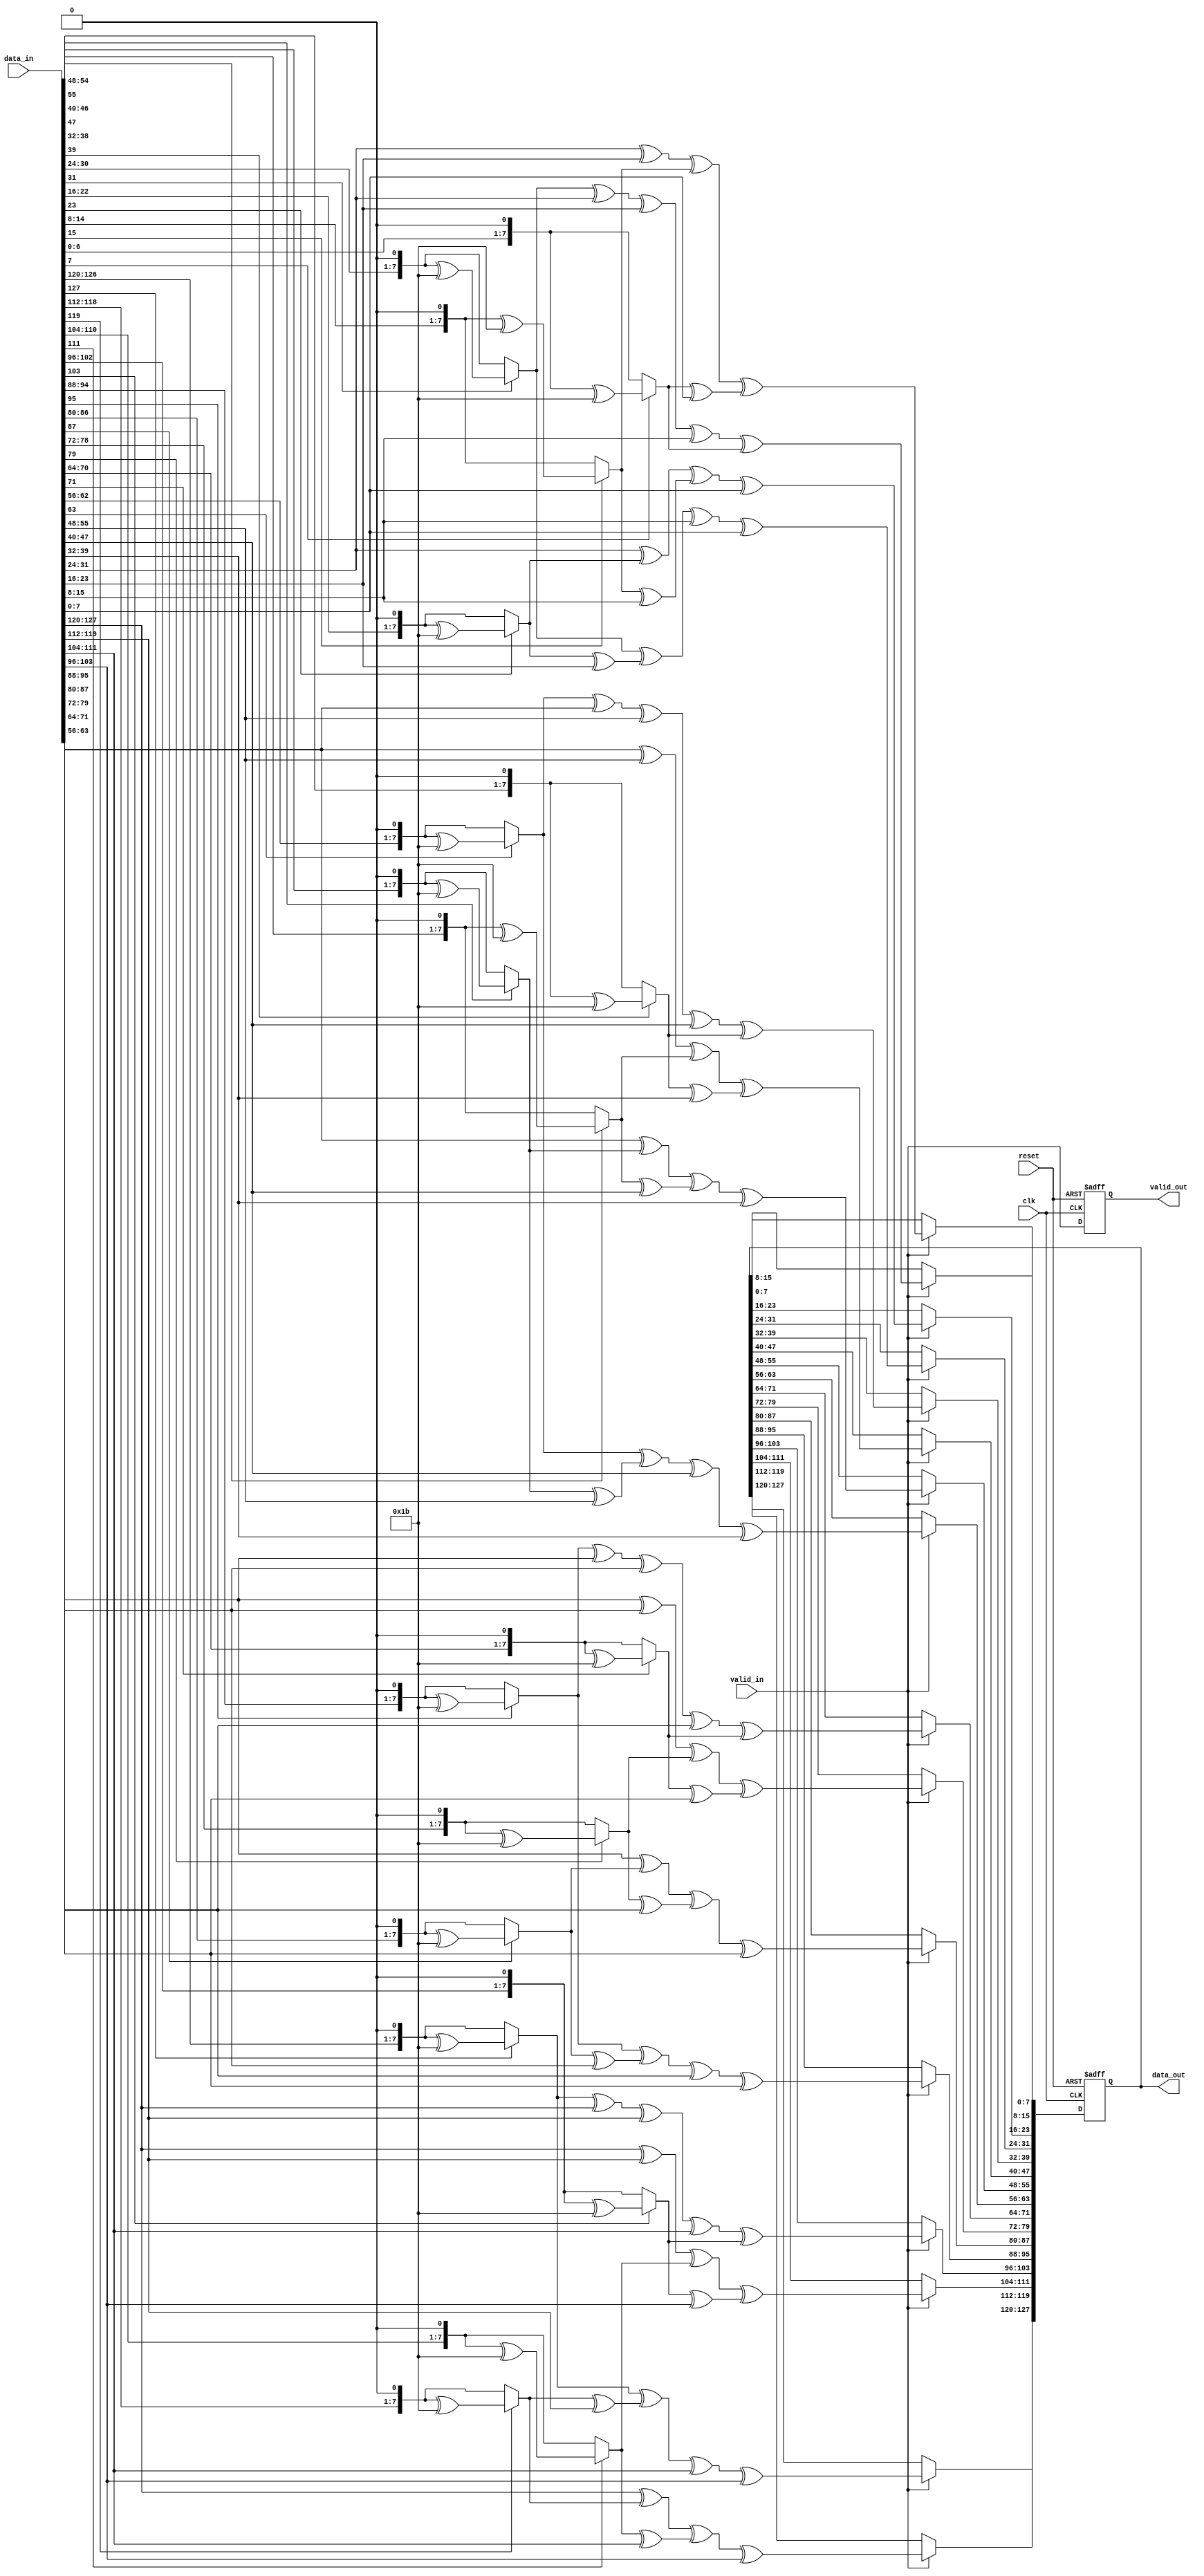

module MixColumns
#
(
parameter DATA_WIDTH= 128             //data width
)
(
input clk,                         //system clock
input reset,                       //asynch active low reset
input valid_in,                    //input valid signal   
input [DATA_WIDTH-1:0] data_in,        //input data
output reg valid_out,              //output valid signal
output reg [DATA_WIDTH-1:0] data_out   //output data
)
;

wire [7:0] State [0:15];        //array of wires to form state array
wire [7:0] State_Mulx2 [0:15];  //array of wires to perform multiplication by 02
wire [7:0] State_Mulx3 [0:15];  //array of wires to perform multiplication by 03

genvar i ;                                   
generate 
for(i=0;i<=15;i=i+1) begin :MUL
 assign State[i]= data_in[(((15-i)*8)+7):((15-i)*8)];   // filling state array as each row represents one byte ex: state[0] means first byte and so on
 assign State_Mulx2[i]= (State[i][7])?((State[i]<<1) ^ 8'h1b):(State[i]<<1);  //Multiplication by {02} in finite field is done shifting 1 bit lift                                                                               //and xoring with 1b if the most bit =1
 assign State_Mulx3[i]= (State_Mulx2[i])^State[i];  // Multiply by {03} in finite field can be done as multiplication by {02 xor 01}
end   
endgenerate 


always@(posedge clk or negedge reset)
if(!reset)begin
    valid_out <= 1'b0;
    data_out <= 'b0;
end else begin 
   if(valid_in) begin               //mul by 2 and mul by 3 are used to perform matrix multiplication  for each column
    data_out[(15*8)+7:(15*8)]<=  State_Mulx2[0] ^ State_Mulx3[1] ^ State[2] ^ State[3];   //first column
    data_out[(14*8)+7:(14*8)]<= State[0] ^ State_Mulx2[1] ^ State_Mulx3[2] ^ State[3]; 
    data_out[(13*8)+7:(13*8)]<= State[0] ^ State[1] ^ State_Mulx2[2] ^ State_Mulx3[3]; 
    data_out[(12*8)+7:(12*8)]<= State_Mulx3[0] ^ State[1] ^ State[2] ^ State_Mulx2[3];
    /*********************************************************************************/
    data_out[(11*8)+7:(11*8)]<= State_Mulx2[4] ^ State_Mulx3[5] ^ State[6] ^ State[7];   //second column
    data_out[(10*8)+7:(10*8)]<= State[4] ^ State_Mulx2[5] ^ State_Mulx3[6] ^ State[7]; 
    data_out[(9*8)+7:(9*8)] <=  State[4] ^ State[5] ^ State_Mulx2[6] ^ State_Mulx3[7]; 
    data_out[(8*8)+7:(8*8)]<= State_Mulx3[4] ^ State[5] ^ State[6] ^ State_Mulx2[7];
    /**********************************************************************************/
    data_out[(7*8)+7:(7*8)]<= State_Mulx2[8] ^ State_Mulx3[9] ^ State[10] ^ State[11];   //third column
    data_out[(6*8)+7:(6*8)]<= State[8] ^ State_Mulx2[9] ^ State_Mulx3[10] ^ State[11]; 
    data_out[(5*8)+7:(5*8)]<= State[8] ^ State[9] ^ State_Mulx2[10] ^ State_Mulx3[11]; 
    data_out[(4*8)+7:(4*8)]<= State_Mulx3[8] ^ State[9] ^ State[10] ^ State_Mulx2[11];
    /***********************************************************************************/ 
    data_out[(3*8)+7:(3*8)]<= State_Mulx2[12] ^ State_Mulx3[13] ^ State[14] ^ State[15];  //fourth column
    data_out[(2*8)+7:(2*8)]<= State[12] ^ State_Mulx2[13] ^ State_Mulx3[14] ^ State[15]; 
    data_out[(1*8)+7:(1*8)]<= State[12] ^ State[13] ^ State_Mulx2[14] ^ State_Mulx3[15]; 
    data_out[(0*8)+7:(0*8)]<= State_Mulx3[12] ^ State[13] ^ State[14] ^ State_Mulx2[15];
   end
   valid_out <= valid_in;                          
end
endmodule